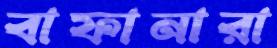
বাফানারা